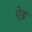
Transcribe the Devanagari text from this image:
ऐ़ड